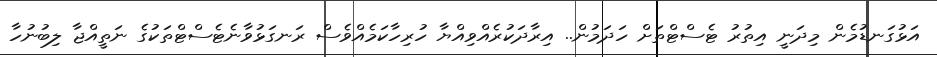
އަޅުގަނޑުމެން މިދަނީ އިތުރު ޓެސްޓްތަށް ހަދަމުން.. އިރާދަކުރެއްވިއްޔާ ހުރިހާކަމެއްވެސް ރަނގަޅުވާނެޓެސްޓްތަކުގެ ނަތީއްޖާ ލިބުނުހާ